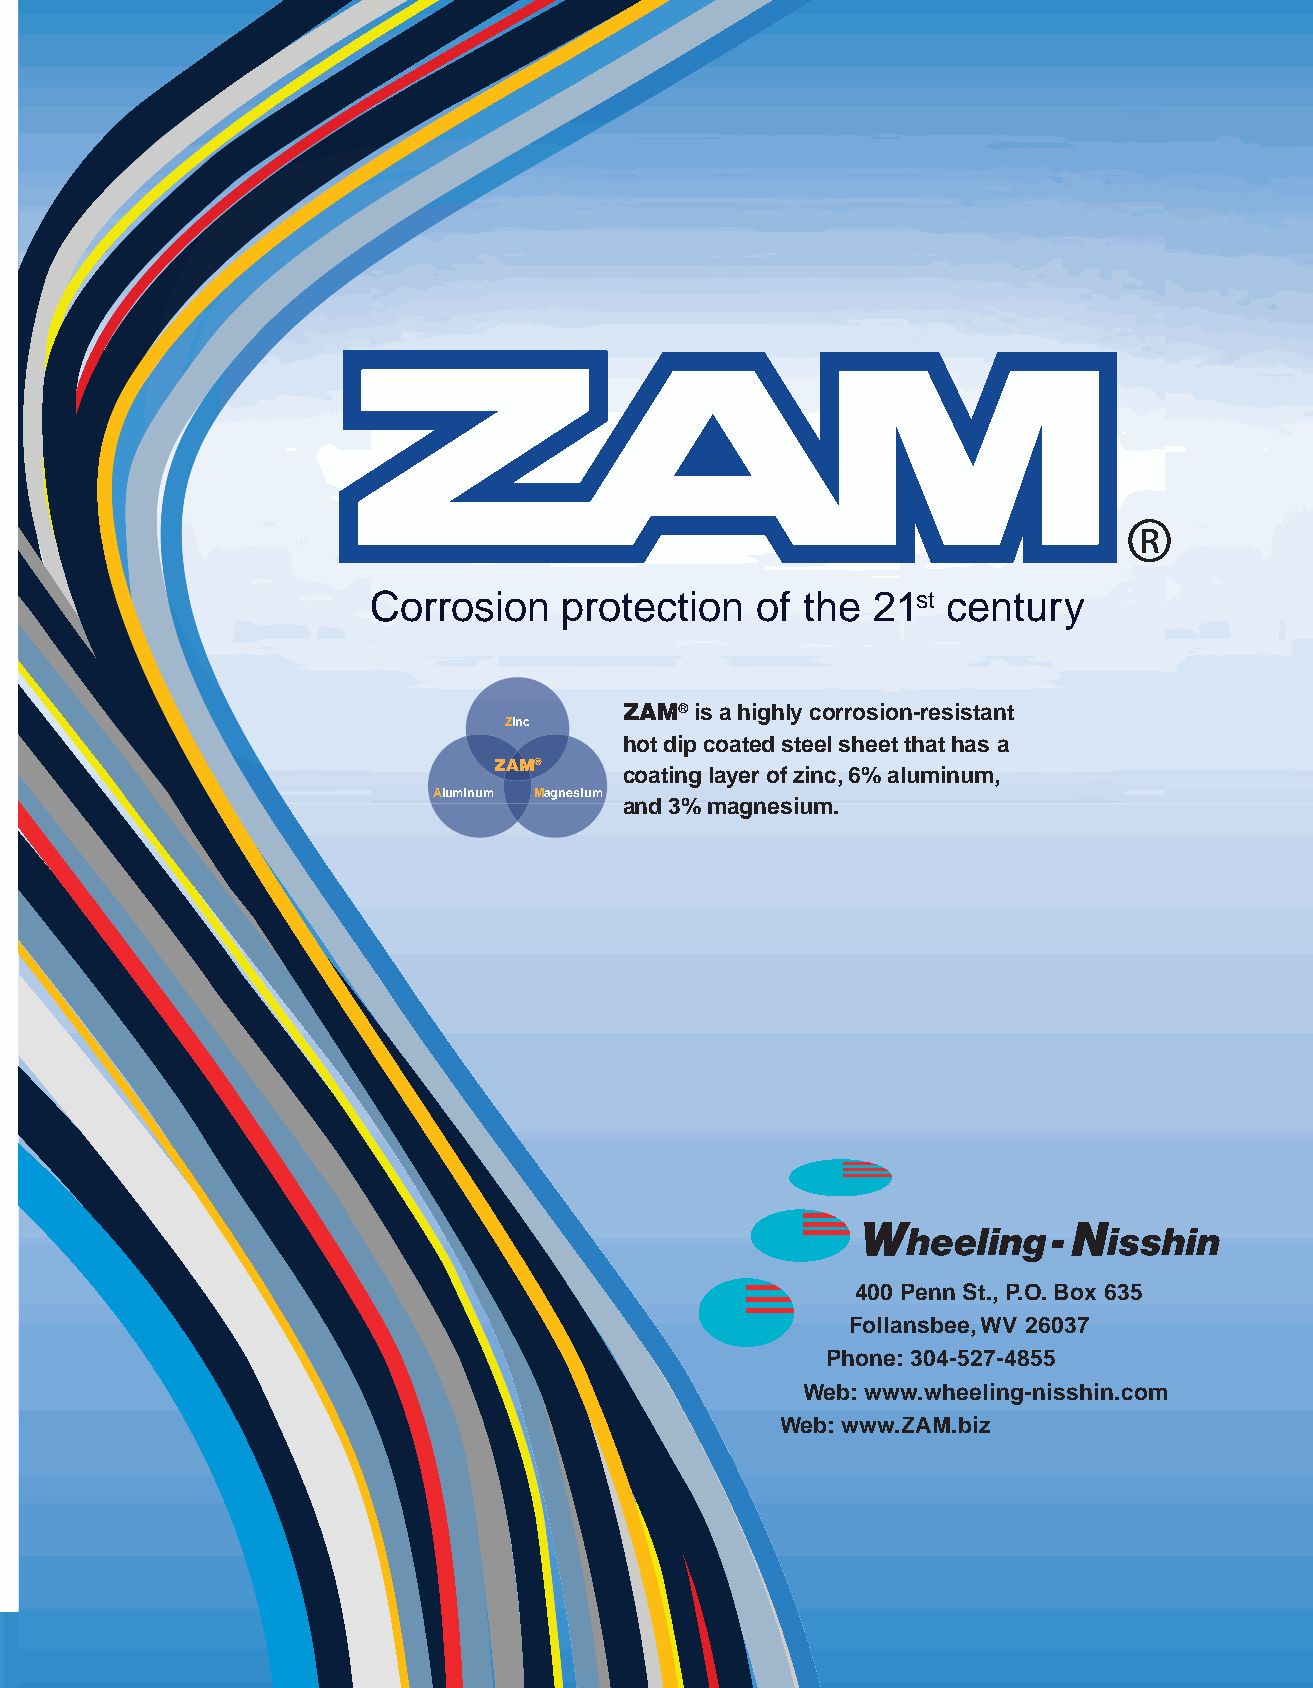
®
 Corrosion    protection   of the  21st century
 ZAM® is a highly corrosion-resistant
 Zinc
 hot dip coated steel sheet that has a
 ZAM®
 coating layer of zinc, 6% aluminum,
 Aluminum Magnesium
 and 3% magnesium.
 400 Penn St., P.O. Box 635
 Follansbee, WV 26037
 Phone: 304-527-4855
 Web: www.wheeling-nisshin.com
 Web: www.ZAM.biz